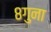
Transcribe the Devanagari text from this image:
८गुना